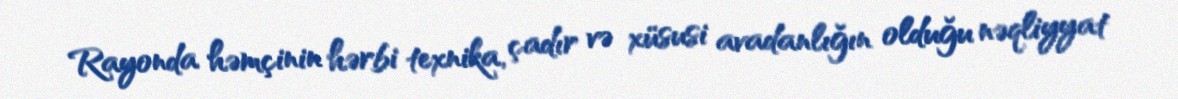
Rayonda həmçinin hərbi texnika, çadır və xüsusi avadanlığın olduğu nəqliyyat